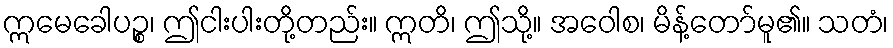
ဣမေခေါပဉ္စ၊ ဤငါးပါးတို့တည်း။ ဣတိ၊ ဤသို့။ အဝေါစ၊ မိန့်တော်မူ၏။ သတံ၊